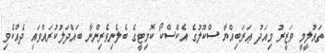
ތައުލީމީ ވަޒީރު މިއަދު ޢަރަބިއްޔާ ސްކޫލުގެ އެކްސްކޯ ކޮމިޓީގެ ބެލެނިވެރިންނާ ބައްދަލުކުރައްވައި ދެއްކެވި